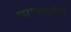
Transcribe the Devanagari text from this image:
माणकांनी